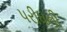
પરીધની